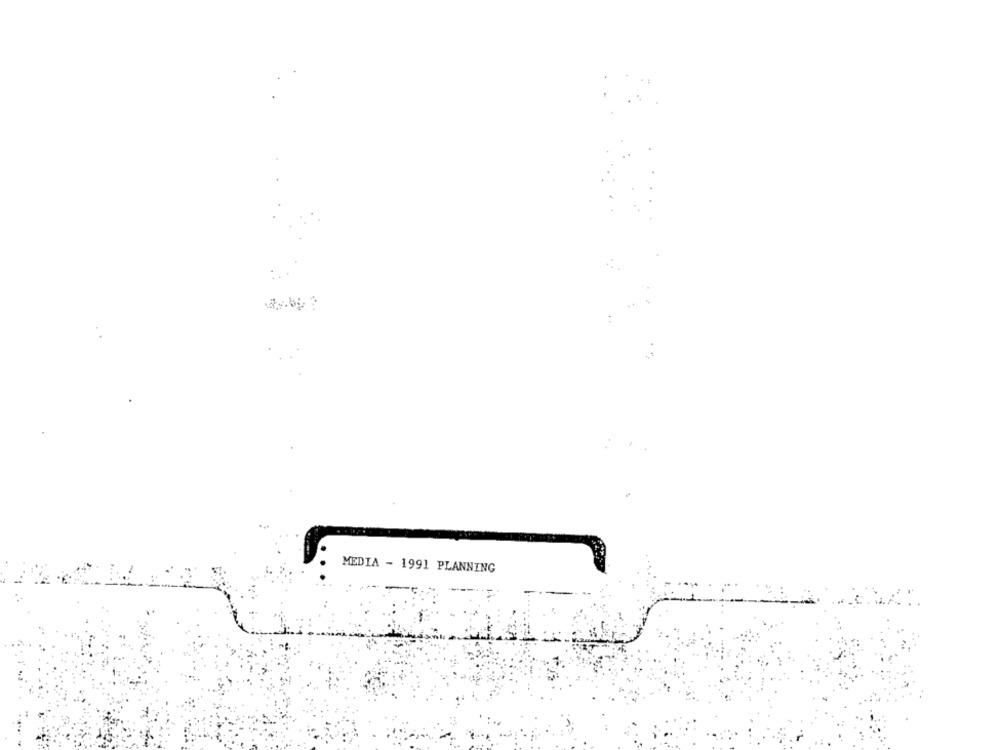
MEDIA - 1991 PLANNING